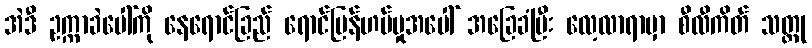
အဲဒီ ဥက္ကာခဲပေါ်ကို နေရောင်ခြည် ရောင်ပြန်ဟပ်မှုအပေါ် အခြေခံပြီး လေ့လာရာမှာ စီလီကိတ် သတ္ထု